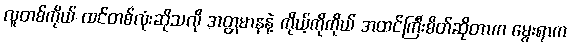
လူတစ်ကိုယ် ထင်တစ်လုံးဆိုသလို အတ္တမာနနဲ့ ကိုယ့်ကိုကိုယ် အထင်ကြီးစိတ်ဆိုတာက မွေးရာက